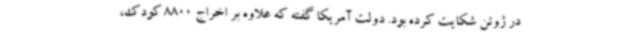
در ژوئن شکایت کرده بود. دولت آمریکا گفته که علاوه بر اخراج 8800 کودک،‌